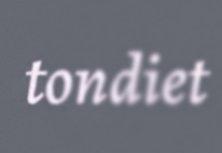
tondiet